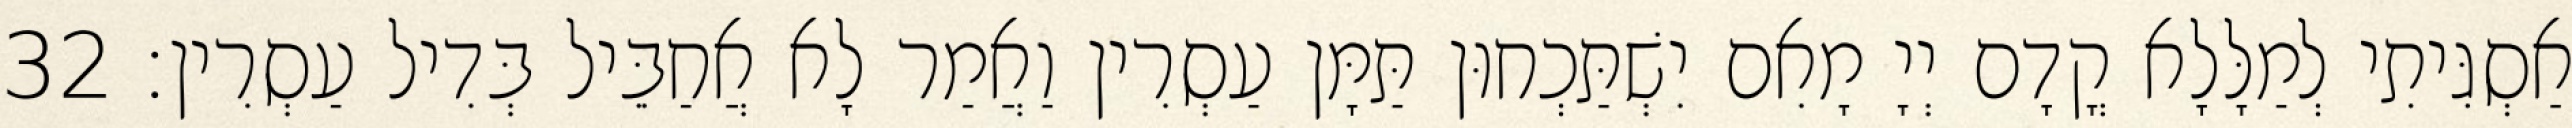
אַסְגִּיתִי לְמַלָּלָא קֳדָם יְיָ מָאִם יִשְׁתַּכְחוּן תַּמָּן עַסְרִין וַאֲמַר לָא אֲחַבֵּיל בְּדִיל עַסְרִין׃ 32